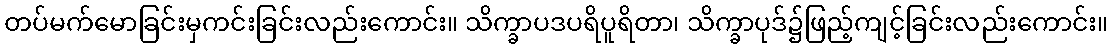
တပ်မက်မောခြင်းမှကင်းခြင်းလည်းကောင်း။ သိက္ခာပဒပရိပူရိတာ၊ သိက္ခာပုဒ်၌ဖြည့်ကျင့်ခြင်းလည်းကောင်း။